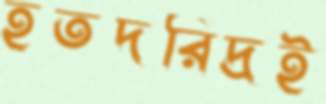
হতদরিদ্রই